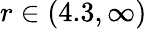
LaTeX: r\in(4.3,\infty)